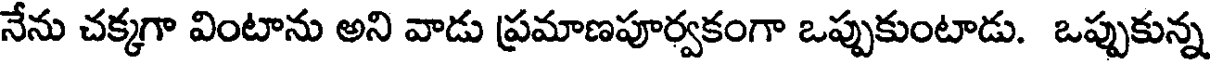
నేను చక్కగా వింటాను అని వాడు ప్రమాణపూర్వకంగా ఒప్పుకుంటాడు. ఒప్పుకున్న